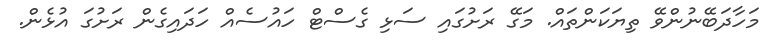
މަހާދަބޭނުންވޭ ތިޔަކަންތައް. މަގޭ ރަށުގައި ސަޅި ގެސްޓް ހައުސެއް ހަދައިގެން ރަށުގަ އުޅެން.